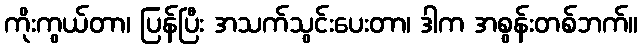
ကိုးကွယ်တာ၊ ပြန်ပြီး အသက်သွင်းပေးတာ၊ ဒါက အစွန်းတစ်ဘက်။